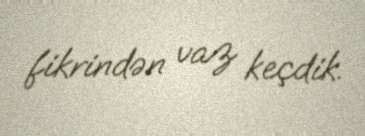
fikrindən vaz keçdik.